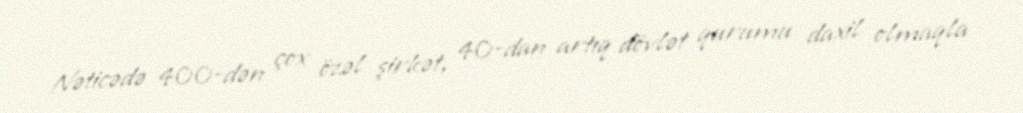
Nəticədə 400-dən çox özəl şirkət, 40-dan artıq dövlət qurumu daxil olmaqla